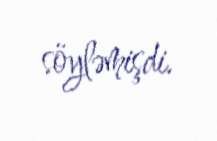
söyləmişdi.